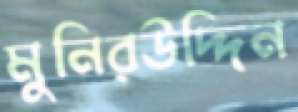
মুনিরউদ্দিন